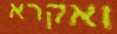
ואקרא